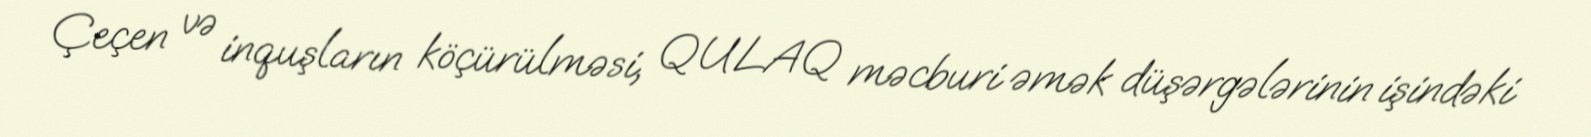
Çeçen və inquşların köçürülməsi, QULAQ məcburi əmək düşərgələrinin işindəki